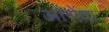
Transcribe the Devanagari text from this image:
आरोंदा